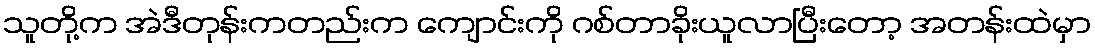
သူတို့က အဲဒီတုန်းကတည်းက ကျောင်းကို ဂစ်တာခိုးယူလာပြီးတော့ အတန်းထဲမှာ